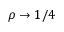
\rho \rightarrow 1 / 4